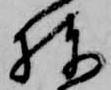
棟